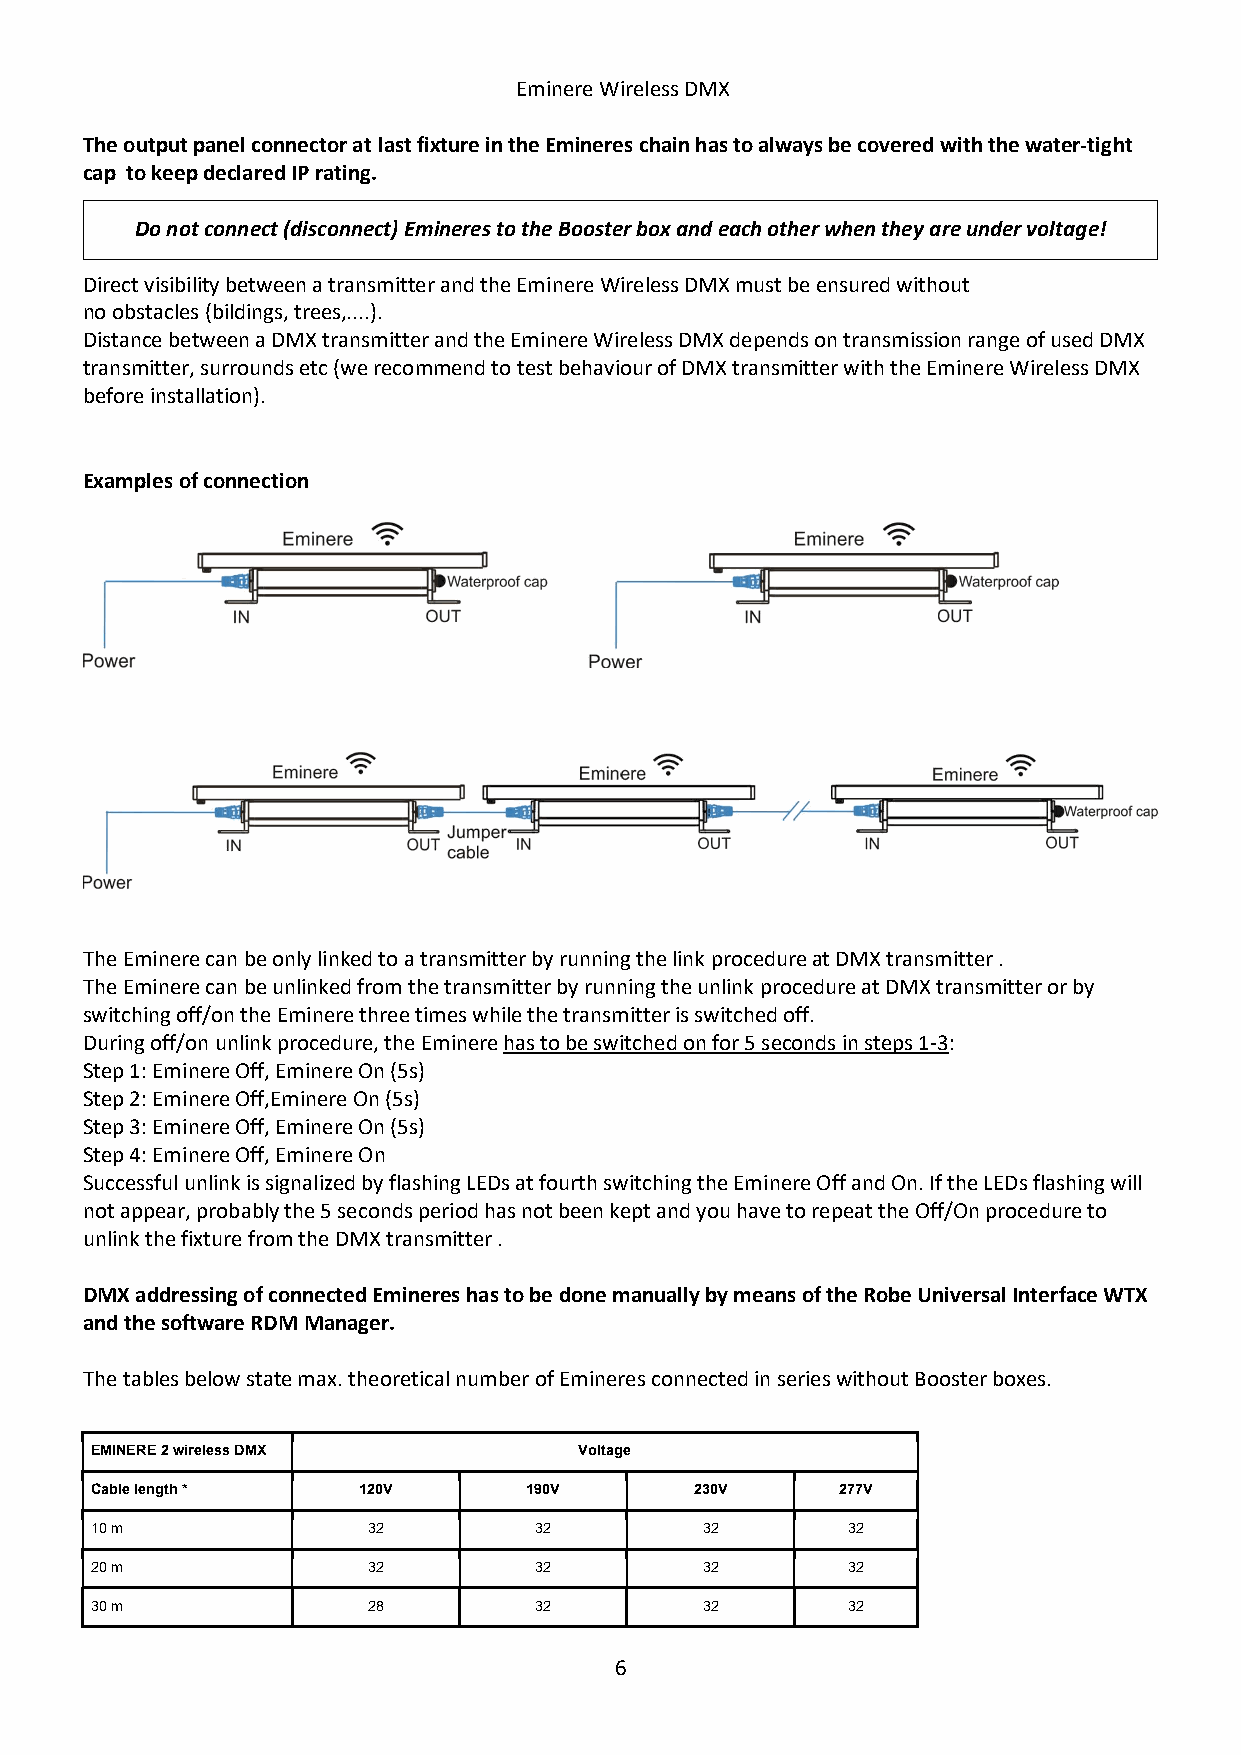
Eminere Wireless DMX
 The output panel connector at last fixture in the Emineres chain has to always be covered with the water-tight
 cap to keep declared IP rating.
 Do not connect (disconnect) Emineres to the Booster box and each other when they are under voltage!
 Direct visibility between a transmitter and the Eminere Wireless DMX must be ensured without
 no obstacles (bildings, trees,....).
 Distance between a DMX transmitter and the Eminere Wireless DMX depends on transmission range of used DMX
 transmitter, surrounds etc (we recommend to test behaviour of DMX transmitter with the Eminere Wireless DMX
 before installation).
 Examples of connection
 The Eminere can be only linked to a transmitter by running the link procedure at DMX transmitter .
 The Eminere can be unlinked from the transmitter by running the unlink procedure at DMX transmitter or by
 switching off/on the Eminere three times while the transmitter is switched off.
 During off/on unlink procedure, the Eminere has to be switched on for 5 seconds in steps 1-3:
 Step 1: Eminere Off, Eminere On (5s)
 Step 2: Eminere Off,Eminere On (5s)
 Step 3: Eminere Off, Eminere On (5s)
 Step 4: Eminere Off, Eminere On
 Successful unlink is signalized by flashing LEDs at fourth switching the Eminere Off and On. If the LEDs flashing will
 not appear, probably the 5 seconds period has not been kept and you have to repeat the Off/On procedure to
 unlink the fixture from the DMX transmitter .
 DMX addressing of connected Emineres has to be done manually by means of the Robe Universal Interface WTX
 and the software RDM Manager.
 The tables below state max. theoretical number of Emineres connected in series without Booster boxes.
 EMINERE 2 wireless DMX          Voltage
 Cable length *    120V       190V       230V      277V
 10 m              32         32         32        32
 20 m              32         32         32        32
 30 m              28         32         32        32
 6